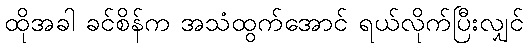
ထိုအခါ ခင်စိန်က အသံထွက်အောင် ရယ်လိုက်ပြီးလျှင်